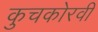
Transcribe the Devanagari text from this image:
कुचकोरवी